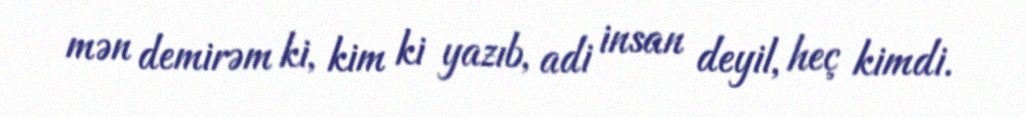
mən demirəm ki, kim ki yazıb, adi insan deyil, heç kimdi.